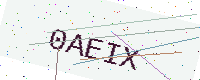
Text: 0AEIX